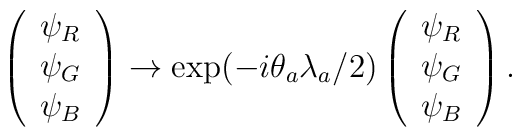
\left(\begin{array}{l}\psi _{R} \\\psi _{G} \\\psi _{B}\end{array}\right) \rightarrow \exp (-i\theta _{a}\lambda _{a}/2)\left(\begin{array}{l}\psi _{R} \\\psi _{G} \\\psi _{B}\end{array}\right) .